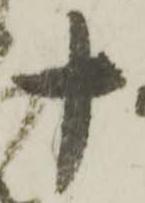
十